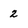
Character: 2